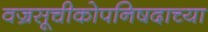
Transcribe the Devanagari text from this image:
वज्रसूचीकोपनिषदाच्या